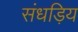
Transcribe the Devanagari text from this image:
संधड़िय